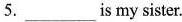
5.___is my sister.